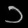
Digit: ၁